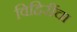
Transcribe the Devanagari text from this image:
विहिरींचा